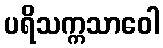
ပရိသက္ကသာဝေါ